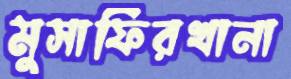
মুসাফিরখানা